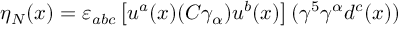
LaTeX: \eta _ { N } ( x ) = \varepsilon _ { a b c } \left[ u ^ { a } ( x ) ( C \gamma _ { \alpha } ) u ^ { b } ( x ) \right] ( \gamma ^ { 5 } \gamma ^ { \alpha } d ^ { c } ( x ) )